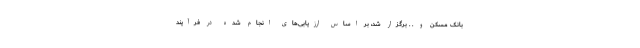
بانک مسکن و . . برگزار شد، بر اساس ارزیابی‌های انجام شده در فرآیند